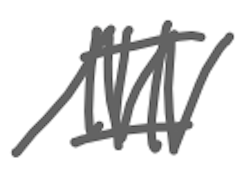
Text: III
Cross-out: zig-zag
Writing tool: digital_gray